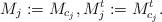
LaTeX: \begin{align*}M_j:=M_{c_j},M_j^t:=M_{c_j}^t. \end{align*}